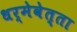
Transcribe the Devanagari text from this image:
धर्मेवेत्ता